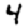
Digit: 4